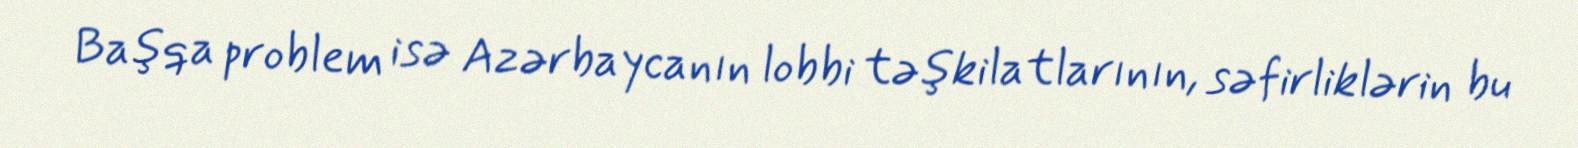
Başqa problem isə Azərbaycanın lobbi təşkilatlarının, səfirliklərin bu